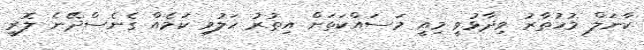
ކާނަލް މުހުތާރު ވިދާޅުވީ މިއީ މަސައްކަތަށް އިތުރު ހަލުވި ކަމެއް ގެނެސްދޭނެ ލޮރީ